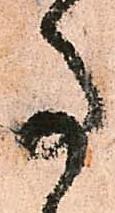
事